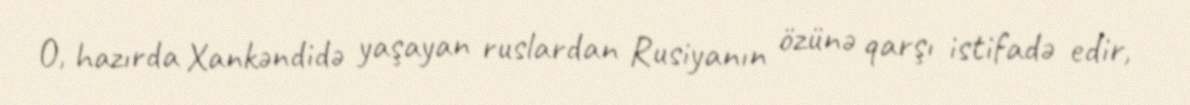
O, hazırda Xankəndidə yaşayan ruslardan Rusiyanın özünə qarşı istifadə edir,